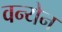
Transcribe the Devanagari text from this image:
वन्येन